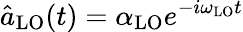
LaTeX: \hat{a}_{\mathrm{LO}}(t)=\alpha_{\mathrm{LO}}e^{-i\omega_{\mathrm{LO}}t}